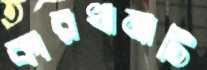
কারখানাটি